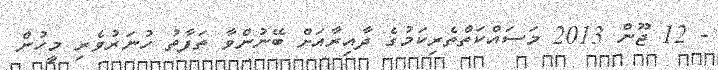
- 12 ޖޫން 2013 މަސައްކަތްތެރިކަމުގެ ދާއިރާއަށް ބޭނުންވާ ތަފާތު ހުނަރުވެރި މީހުން